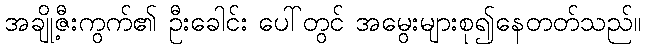
အချို့ဇီးကွက်၏ ဦးခေါင်း ပေါ်တွင် အမွေးများစု၍နေတတ်သည်။